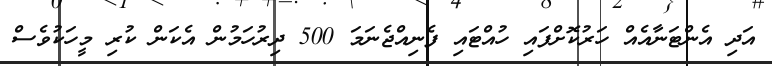
އަދި އެންޓަނާއެއް ހަރުކޮށްފައި ހުއްޓައި ފެނިއްޖެނަމަ 500 ދިރުހަމުން އެކަން ކުރި މީހަކުވެސް